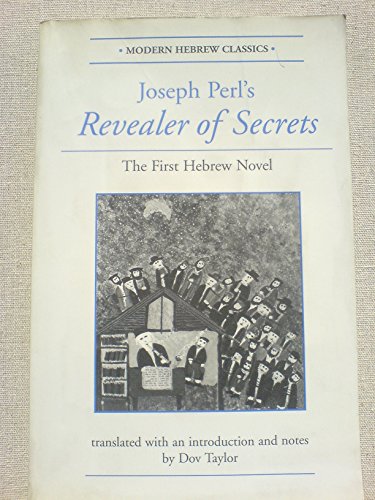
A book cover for Joseph Perl's Revealer Of Secrets: The First Hebrew Novel (Modern Hebrew Classics); Dov Taylor; Religion & Spirituality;